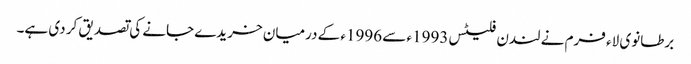
برطانوی لاء فرم نے لندن فلیٹس 1993ء سے 1996ء کے درمیان خریدے جانے کی تصدیق کر دی ہے۔